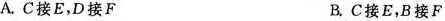
A.C接E，D接F B.C接E，B接F